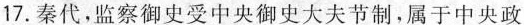
17.秦代，监察御史受中央御史大夫节制，属于中央政